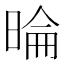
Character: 㫻